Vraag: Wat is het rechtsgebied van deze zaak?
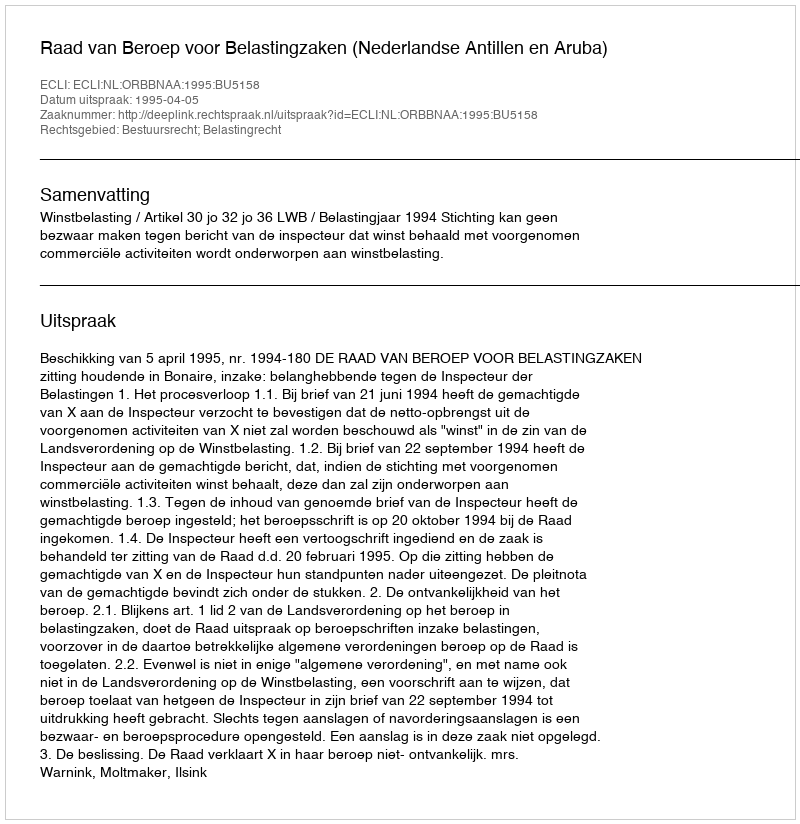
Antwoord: Bestuursrecht; Belastingrecht